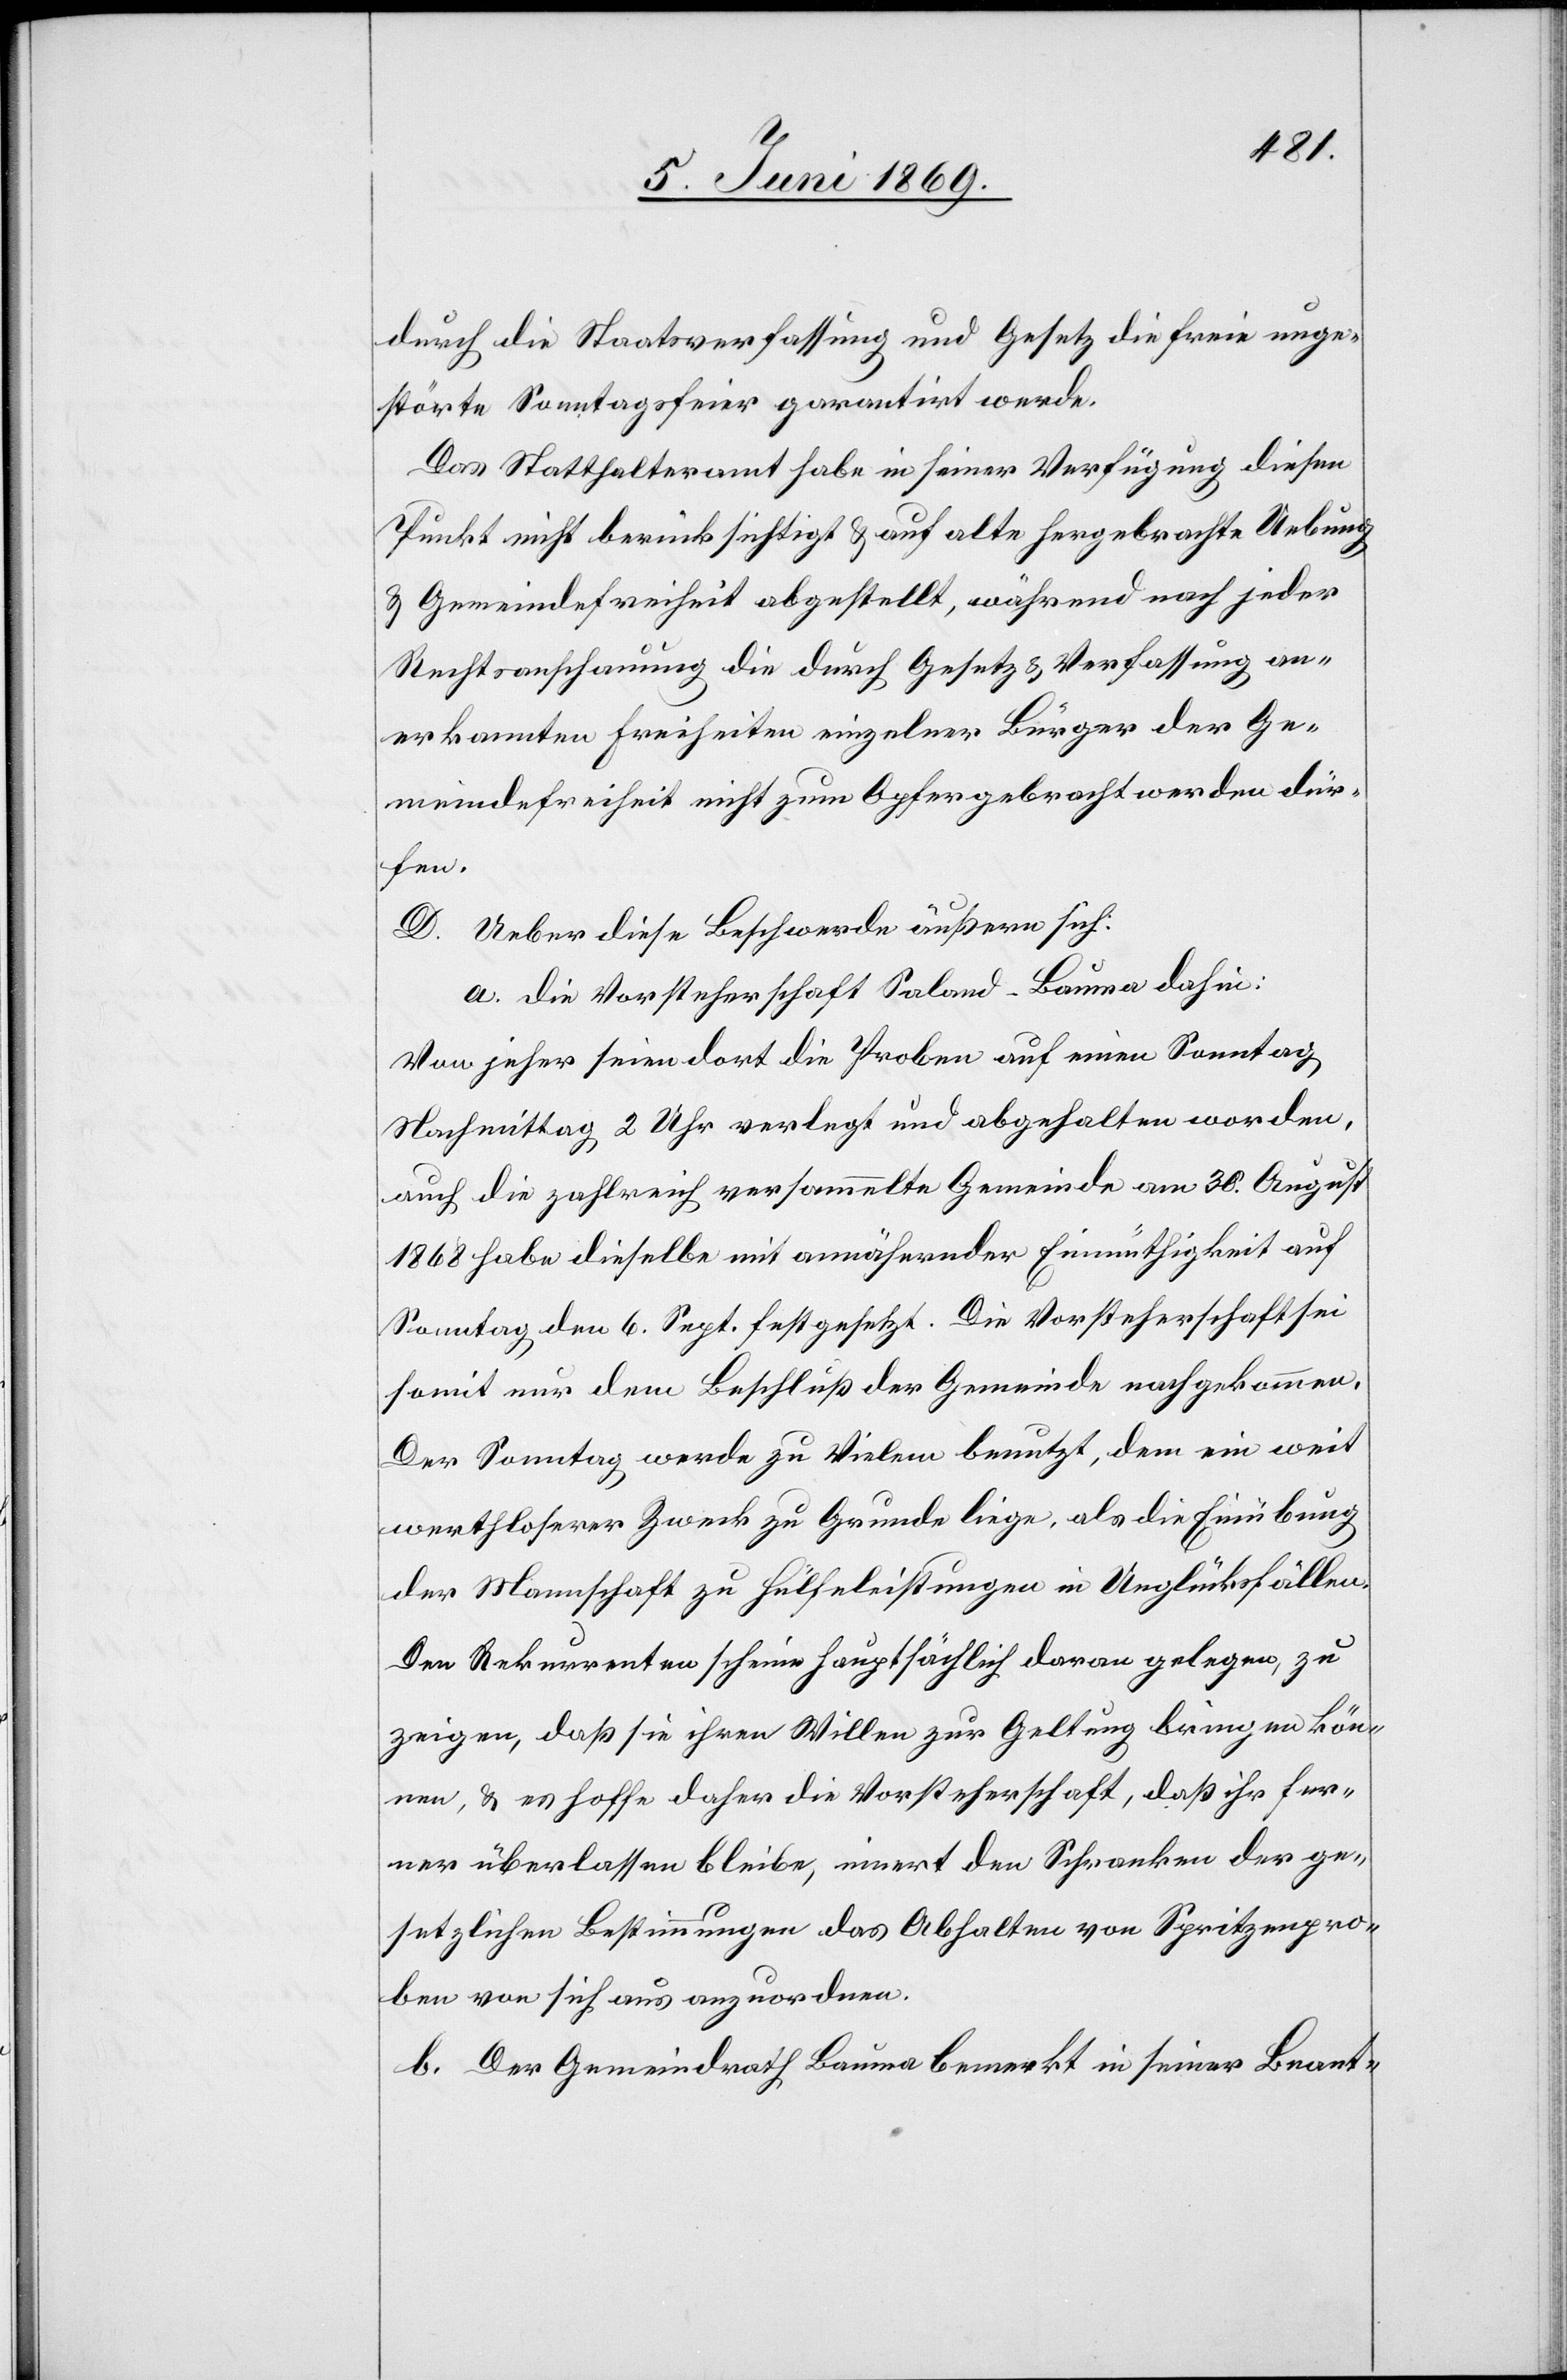
durch die Staatsverfassung und Gesetz die freie unge¬
störte Sonntagsfeier garantirt werde.
Das Statthalteramt habe in seiner Verfügung diesen
Punkt nicht berücksichtigt u. auf alte hergebrachte Uebung
u. Gemeindefreiheit abgestellt, während nach jeder
Rechtsanschauung die durch Gesetz u. Verfassung an¬
erkannten Freiheiten einzelner Bürger der Ge¬
meindefreiheit nicht zum Opfer gebracht werden dür¬
fen.
D. Ueber diese Beschwerde äußern sich:
a. Die Vorsteherschaft Saland - Bauma dahin:
Von jeher seien dort die Proben auf einen Sonntag
Nachmittag 2 Uhr verlegt und abgehalten worden,
auch die zahlreich versammelte Gemeinde am 30. August
1868 habe dieselbe mit annähernder Einmüthigkeit auf
Sonntag den 6. Sept. festgesetzt. Die Vorsteherschaft sei
somit nur dem Beschluß der Gemeinde nachgekommen.
Der Sonntag werde zu Vielem benutzt, dem ein weit
werthloserer Zweck zu Grunde liege, als die Einübung
der Mannschaft zu Hülfeleistungen in Unglücksfällen.
Den Rekurrenten scheine hauptsächlich daran gelegen, zu
zeigen, daß sie ihren Willen zur Geltung bringen kön¬
nen, u. es hoffe daher die Vorsteherschaft, daß ihr fer¬
ner überlassen bleibe, innert den Schranken der ge¬
setzlichen Bestimmungen das Abhalten von Spritzenpro¬
ben von sich aus anzuordnen.
b. Der Gemeindrath Bauma bemerkt in seiner Beant-